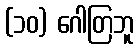
(၁၀) ဂေါတြဘူ